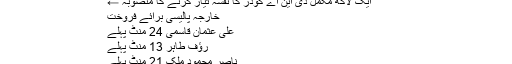
→ پشاور: اپوزیشن نے پرویز خٹک کیخلاف تحریک عدم اعتماد جمع کرا دی
ایک لاکھ مکمل ڈی این اے کوڈز کا نقشہ تیار کرنے کا منصوبہ ←
خارجہ پالیسی برائے فروخت
علی عثمان قاسمی 24 منٹ پہلے
رؤف طاہر 13 منٹ پہلے
ناصر محمود ملک 21 منٹ پہلے
ڈاکٹر لبنیٰ ظہیر 37 منٹ پہلے